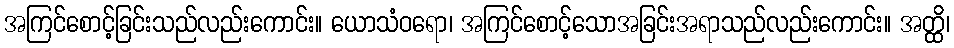
အကြင်စောင့်ခြင်းသည်လည်းကောင်း။ ယောသံဝရော၊ အကြင်စောင့်သောအခြင်းအရာသည်လည်းကောင်း။ အတ္ထိ၊